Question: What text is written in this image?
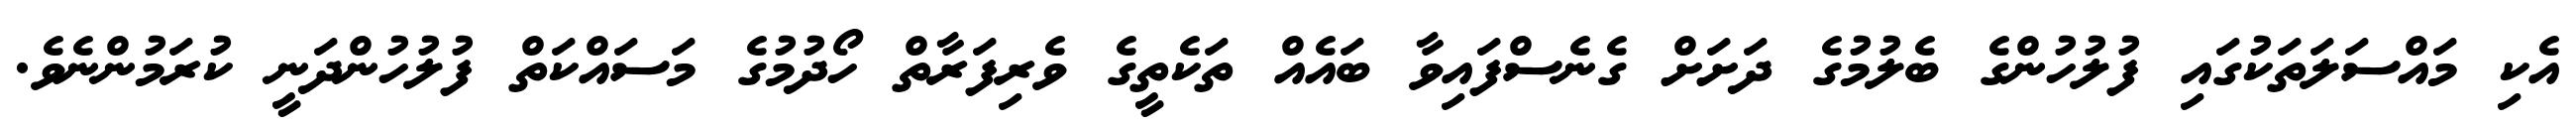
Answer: އެކި މައްސަލަތަކުގައި ފުލުހުންގެ ބެލުމުގެ ދަށަށް ގެނެސްފައިވާ ބައެއް ތަކެތީގެ ވެރިފަރާތް ހޯދުމުގެ މަސައްކަތް ފުލުހުންދަނީ ކުރަމުންނެވެ.